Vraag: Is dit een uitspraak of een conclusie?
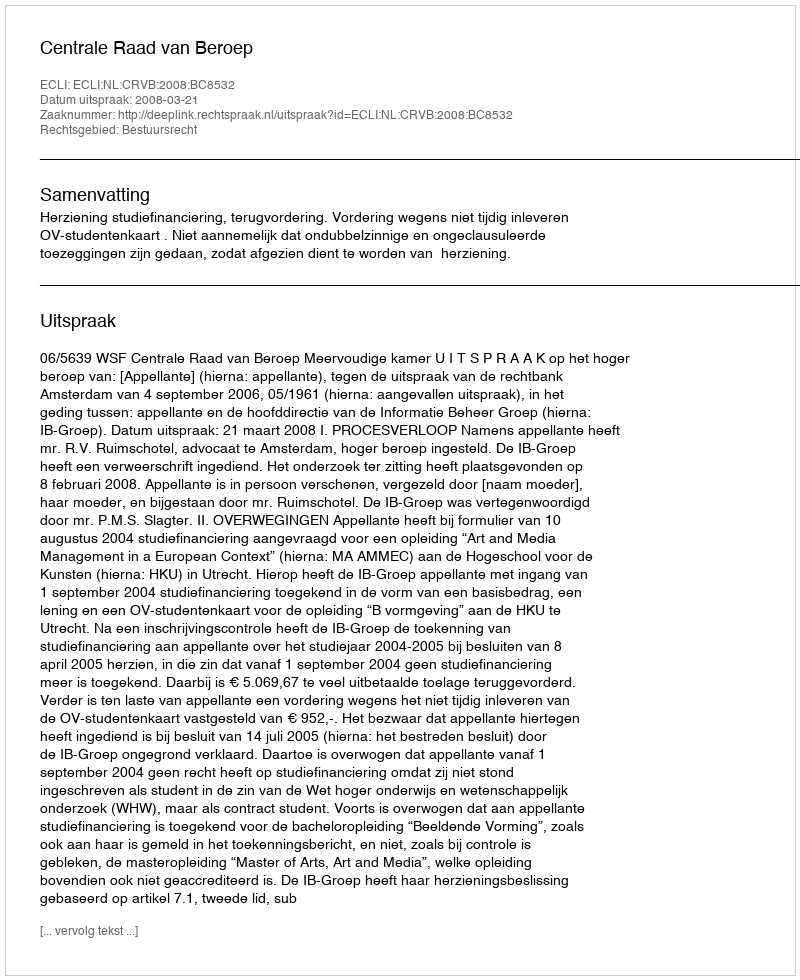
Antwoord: Uitspraak